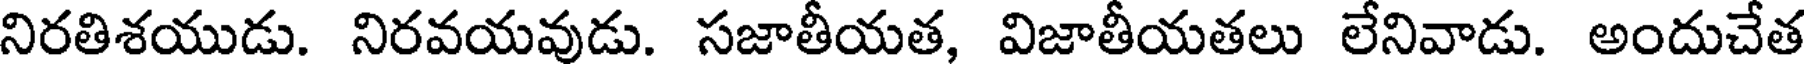
నిరతిశయుడు. నిరవయవుడు. సజాతీయత, విజాతీయతలు లేనివాడు. అందుచేత